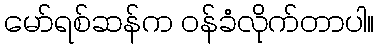
မော်ရစ်ဆန်က ဝန်ခံလိုက်တာပါ။